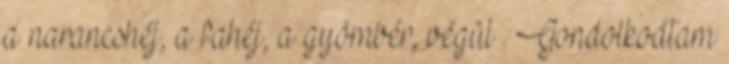
a narancshéj, a fahéj, a gyömbér, végül . Gondolkodtam